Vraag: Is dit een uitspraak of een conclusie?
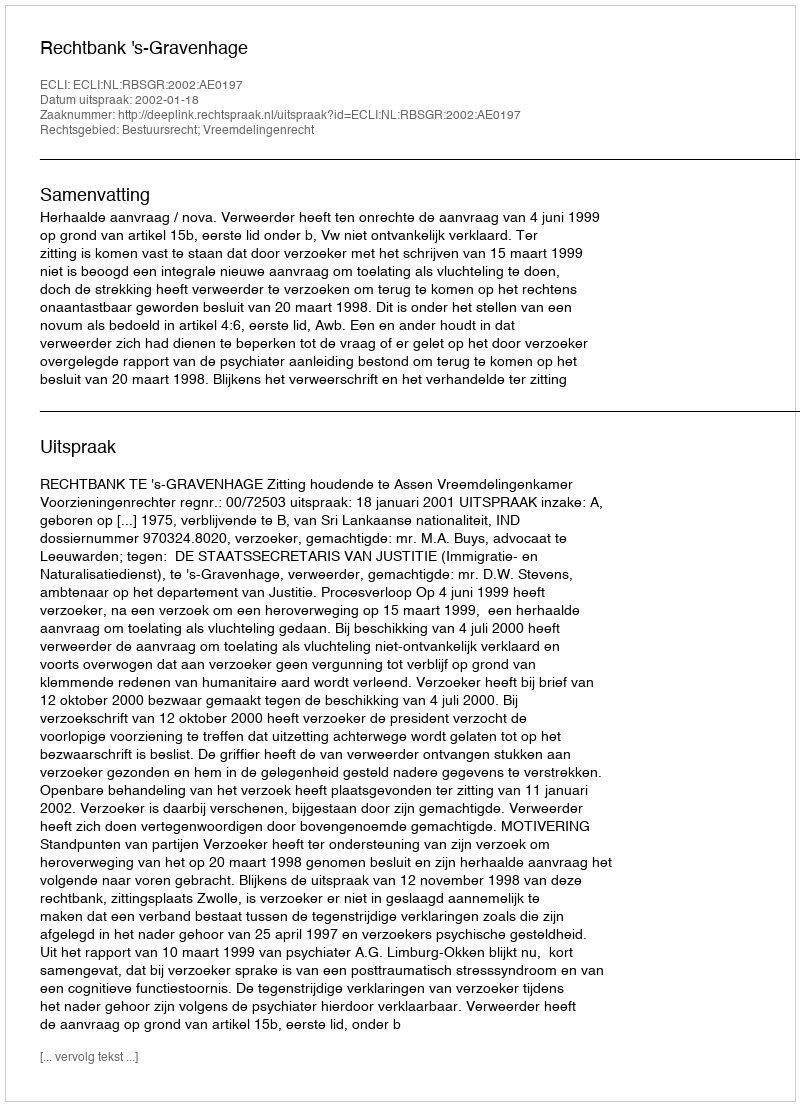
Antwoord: Uitspraak